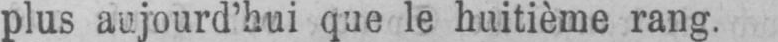
plus aujourd’hui que le huitième rang.